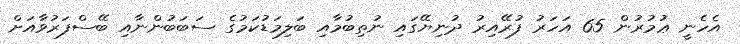
އެހެނީ ޢުމުރުން 65 އަހަރު ފުރޭއިރު ދުނިޔޭގައި ނުތިބުމާއި ބަލިމަޑުކަމުގެ ސަބަބުންނާއި ބޭސްފަރުވާއަށް